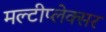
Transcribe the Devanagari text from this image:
मल्टीप्लेक्सर